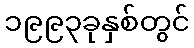
၁၉၉၃ခုနှစ်တွင်